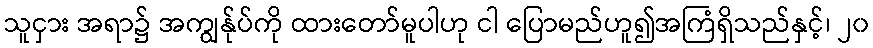
သူငှား အရာ၌ အကျွန်ုပ်ကို ထားတော်မူပါဟု ငါ ပြောမည်ဟူ၍အကြံရှိသည်နှင့်၊ ၂၀